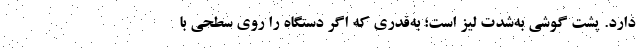
دارد. پشت گوشی به‌شدت لیز است؛ به‌قدری که اگر دستگاه را روی سطحی با